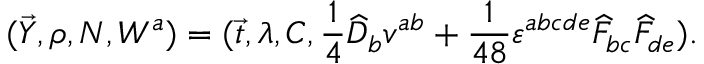
( \vec { Y } , \rho , N , W ^ { a } ) = ( \vec { t } , \lambda , C , \frac { 1 } { 4 } \widehat { \cal D } _ { b } v ^ { a b } + \frac { 1 } { 4 8 } \varepsilon ^ { a b c d e } \widehat { F } _ { b c } \widehat { F } _ { d e } ) .